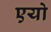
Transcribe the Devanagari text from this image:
एयो